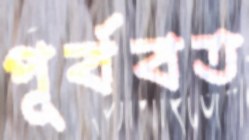
পূর্ববত